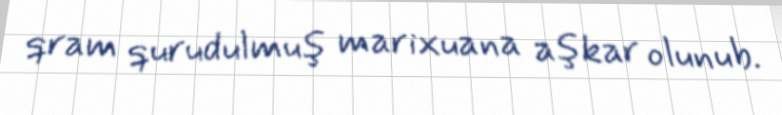
qram qurudulmuş marixuana aşkar olunub.